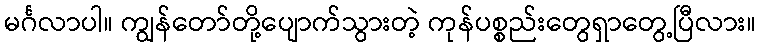
မင်္ဂလာပါ။ ကျွန်တော်တို့ပျောက်သွားတဲ့ ကုန်ပစ္စည်းတွေရှာတွေ့ပြီလား။